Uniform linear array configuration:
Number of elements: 48
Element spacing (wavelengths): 1
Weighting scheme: hamming
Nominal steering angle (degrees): -45
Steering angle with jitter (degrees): -43.537
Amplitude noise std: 0.05
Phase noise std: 0.05

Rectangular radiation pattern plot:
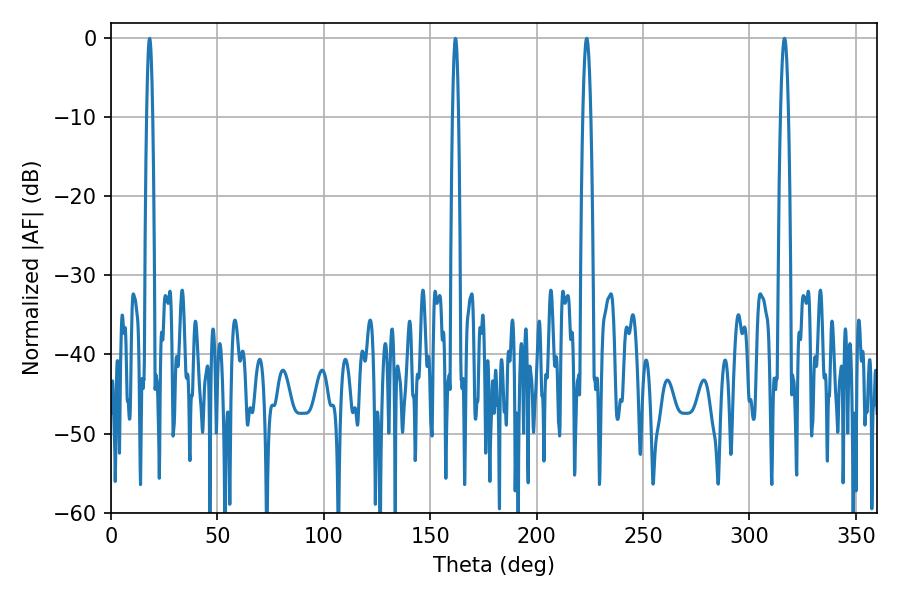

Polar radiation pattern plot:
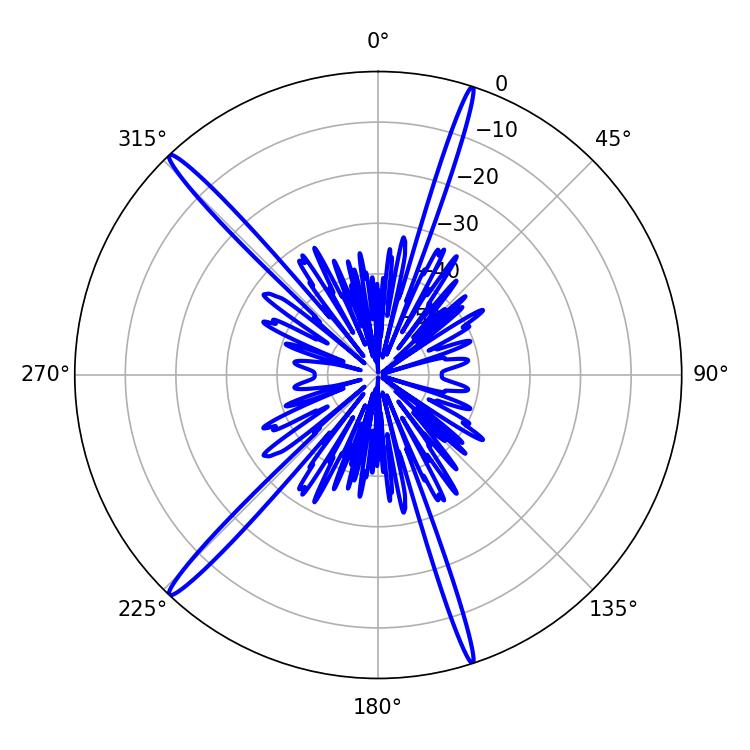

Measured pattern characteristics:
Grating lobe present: TRUE
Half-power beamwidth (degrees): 1.98
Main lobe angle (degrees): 223.56